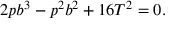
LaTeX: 2 p b ^ { 3 } - p ^ { 2 } b ^ { 2 } + 1 6 T ^ { 2 } = 0 .